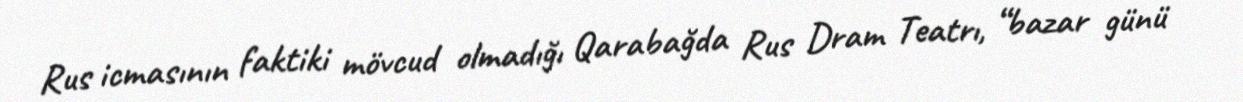
Rus icmasının faktiki mövcud olmadığı Qarabağda Rus Dram Teatrı, “bazar günü